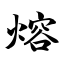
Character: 熔